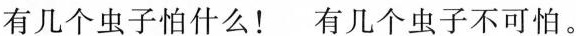
有几个虫子怕什么！有几个虫子不可怕。